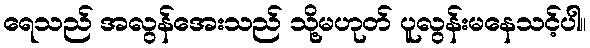
ရေသည် အလွန်အေးသည် သို့မဟုတ် ပူလွန်းမနေသင့်ပါ။